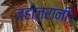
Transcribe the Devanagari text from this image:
जहाज़रानी।